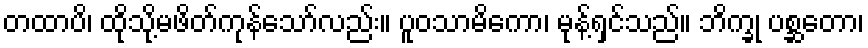
တထာပိ၊ ထိုသို့မဖိတ်ကုန်သော်လည်း။ ပူဝသာမိကော၊ မုန့်ရှင်သည်။ ဘိက္ခု ပစ္ဆတော၊